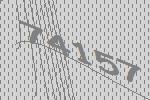
74157